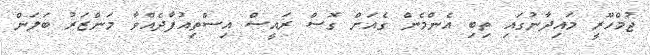
ޖުމްހޫރީ މައިދާނުގައި ތިބި އެންމެން ގެއަށް ގޮސް ރައީސް އިސްތިއުފާދެއްވާ މަންޒަރު ބަލަން